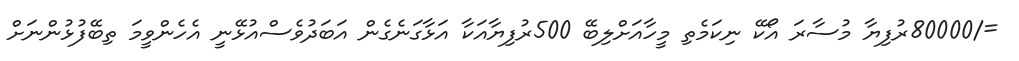
=/80000ރުފިޔާ މުސާރަ އޯކޭ ނިކަމެތި މީހާއަށްލިބޭ 500ރުފިޔާއަކާ އަޅާގަނެގެން އަބަދުވެސްއުޅޭނީ އެހެންވީމަ ތިބޭފުޅުންނަށް